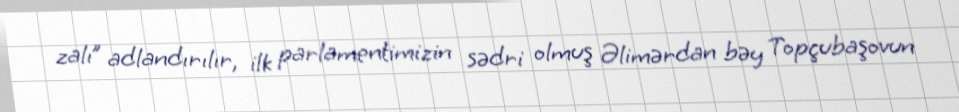
zalı” adlandırılır, ilk parlamentimizin sədri olmuş Əlimərdan bəy Topçubaşovun